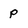
Character: p